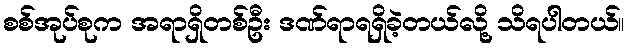
စစ်အုပ်စုက အရာရှိတစ်ဦး ဒဏ်ရာရရှိခဲ့တယ်လို့ သိရပါတယ်။